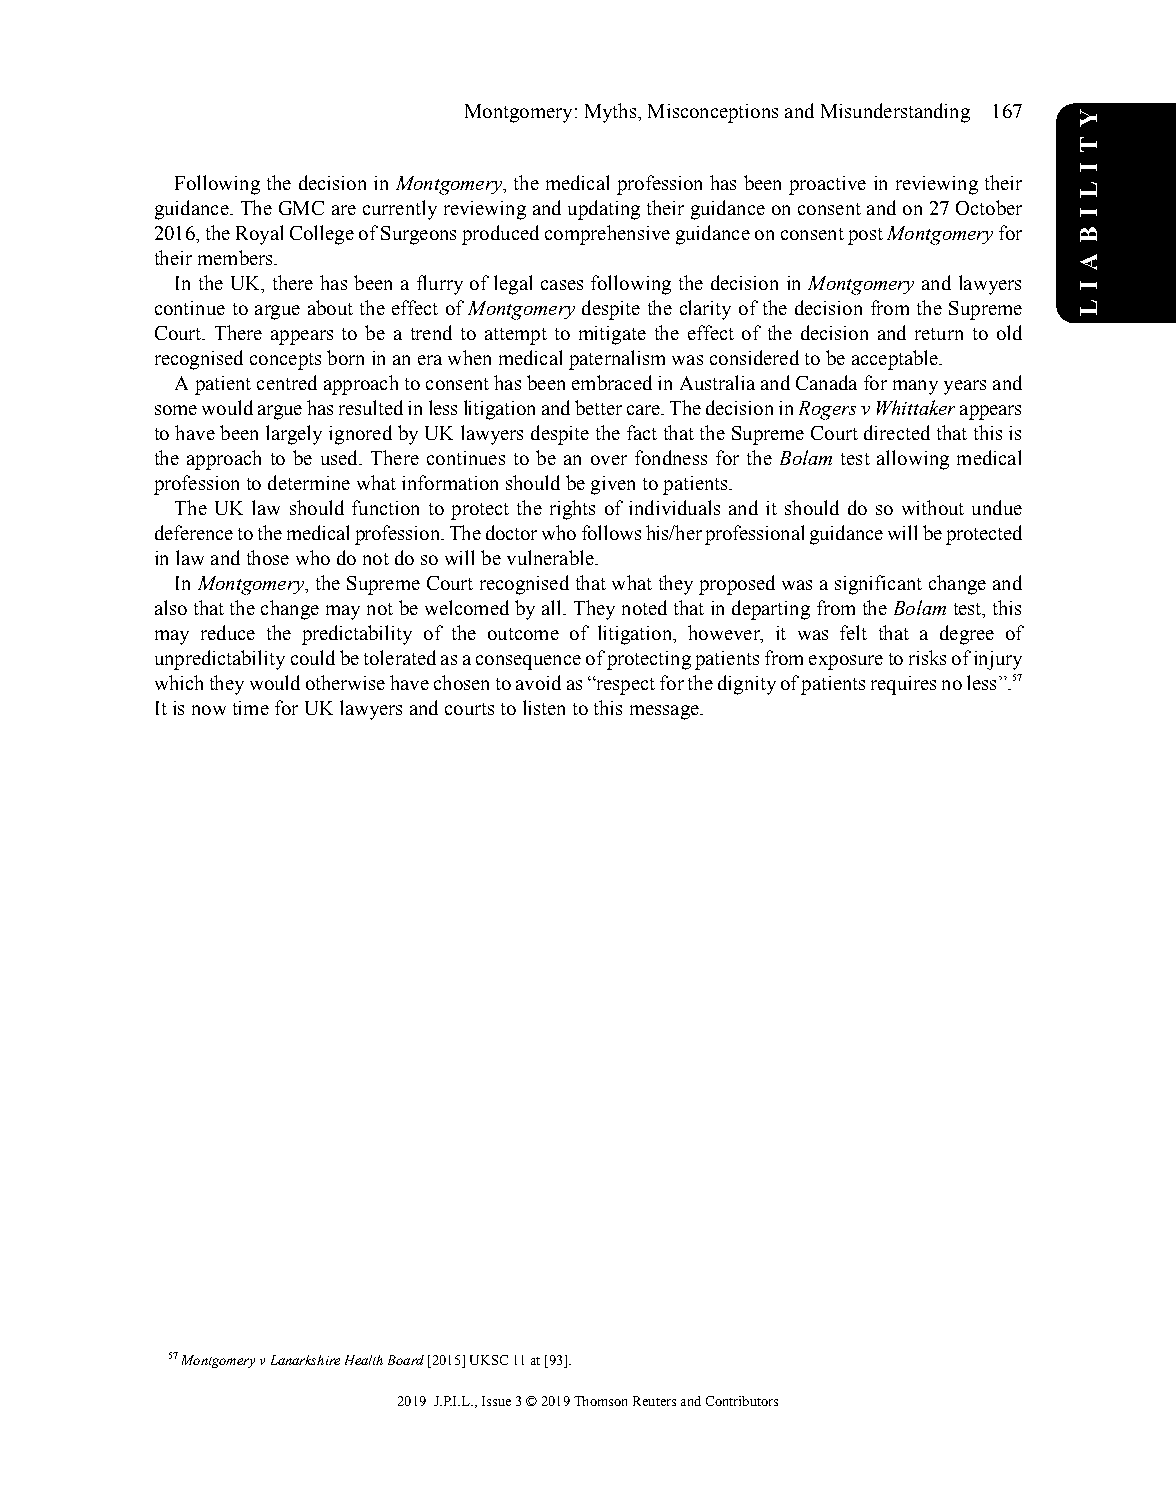
Montgomery:Myths,MisconceptionsandMisunderstanding 167
 FollowingthedecisioninMontgomery,themedicalprofessionhasbeenproactiveinreviewingtheir
 guidance.TheGMCarecurrentlyreviewingandupdatingtheirguidanceonconsentandon27October
 2016,theRoyalCollegeofSurgeonsproducedcomprehensiveguidanceonconsentpostMontgomeryfor
 theirmembers.
 In the UK, there has been a flurry of legal cases following the decision in Montgomery and lawyers
 continue to argue about the effect of Montgomery despite the clarity of the decision from the Supreme
 Court. There appears to be a trend to attempt to mitigate the effect of the decision and return to old
 recognisedconceptsborninanerawhenmedicalpaternalismwasconsideredtobeacceptable.
 ApatientcentredapproachtoconsenthasbeenembracedinAustraliaandCanadaformanyyearsand
 somewouldarguehasresultedinlesslitigationandbettercare.ThedecisioninRogersvWhittakerappears
 tohavebeenlargelyignoredbyUKlawyersdespitethefactthattheSupremeCourtdirectedthatthisis
 the approach to be used. There continues to be an over fondness for the Bolam test allowing medical
 professiontodeterminewhatinformationshouldbegiventopatients.
 The UK law should function to protect the rights of individuals and it should do so without undue
 deferencetothemedicalprofession.Thedoctorwhofollowshis/herprofessionalguidancewillbeprotected
 inlawandthosewhodonotdosowillbevulnerable.
 InMontgomery,theSupremeCourtrecognisedthatwhattheyproposedwasasignificantchangeand
 alsothatthechangemaynotbewelcomedbyall.TheynotedthatindepartingfromtheBolamtest,this
 may reduce the predictability of the outcome of litigation, however, it was felt that a degree of
 unpredictabilitycouldbetoleratedasaconsequenceofprotectingpatientsfromexposuretorisksofinjury
 whichtheywouldotherwisehavechosentoavoidas“respectforthedignityofpatientsrequiresnoless”.57
 ItisnowtimeforUKlawyersandcourtstolistentothismessage.
 57MontgomeryvLanarkshireHealthBoard[2015]UKSC11at[93].
 2019 J.P.I.L.,Issue3©2019ThomsonReutersandContributors
 Y
 T
 I
 L
 I
 B
 A
 I
 L